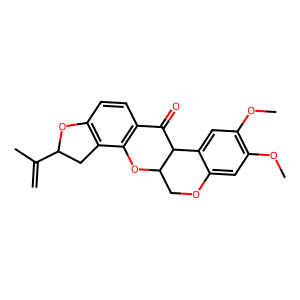
SMILES: C=C(C)C1Cc2c(ccc3c2OC2COc4cc(OC)c(OC)cc4C2C3=O)O1
Inhibits HIV replication: No